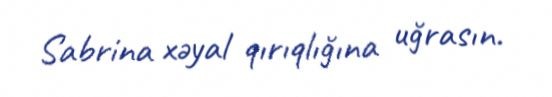
Sabrina xəyal qırıqlığına uğrasın.